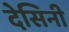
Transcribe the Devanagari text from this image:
देसिनी